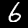
Label: 6